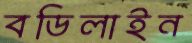
বডিলাইন